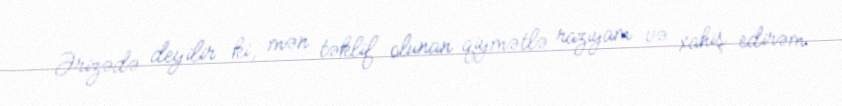
Ərizədə deyilir ki, mən təklif olunan qiymətlə razıyam və xahiş edirəm